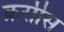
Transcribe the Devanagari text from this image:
क्रसीस